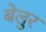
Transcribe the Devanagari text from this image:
बेलुर